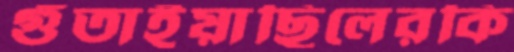
গুঁতাইয়াছিলেরকি